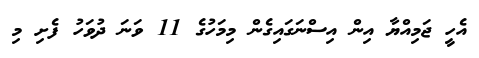
އެހީ ޖަމިއްޔާ އިން އިސްނަގައިގެން މިމަހުގެ 11 ވަނަ ދުވަހު ފެށި މި